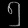
Digit: ၅